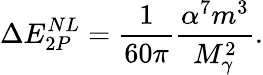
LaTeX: \Delta E_{2P}^{NL}=\frac{1}{60\pi}\frac{\alpha^{7}m^{3}}{M_{\gamma}^{2}}.